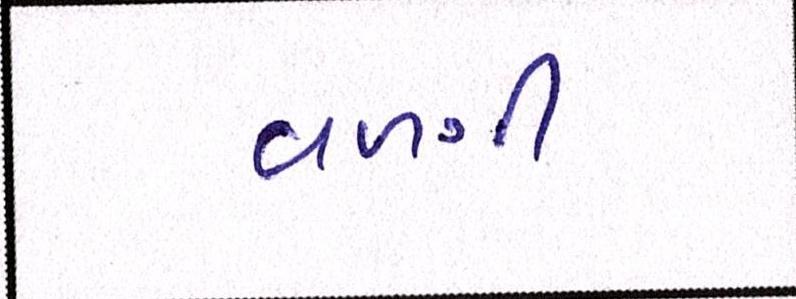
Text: વળગી